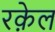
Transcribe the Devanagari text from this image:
रक़ेल